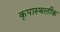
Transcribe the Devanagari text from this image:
कृपास्थलीक